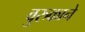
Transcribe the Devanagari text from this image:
वुरुकाने